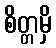
စိတ္တမှိ